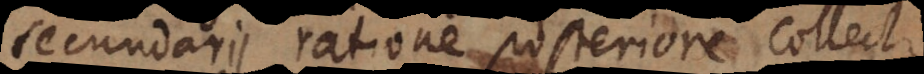
secundarii ratione posteriore collect